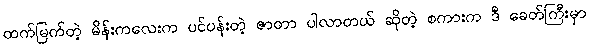
ထက်မြက်တဲ့ မိန်းကလေးက ပင်ပန်းတဲ့ ဇာတာ ပါလာတယ် ဆိုတဲ့ စကားက ဒီ ခေတ်ကြီးမှာ